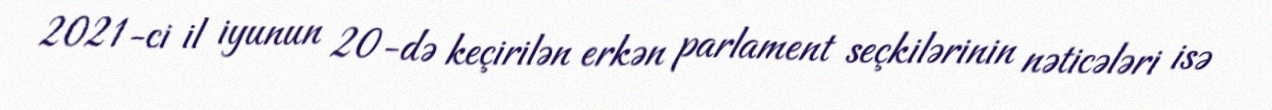
2021-ci il iyunun 20-də keçirilən erkən parlament seçkilərinin nəticələri isə